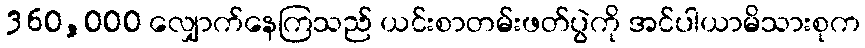
360,000 လျှောက်နေကြသည် ယင်းစာတမ်းဖတ်ပွဲကို အင်ပါယာမိသားစုက